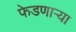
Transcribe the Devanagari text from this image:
फेडणाऱ्या